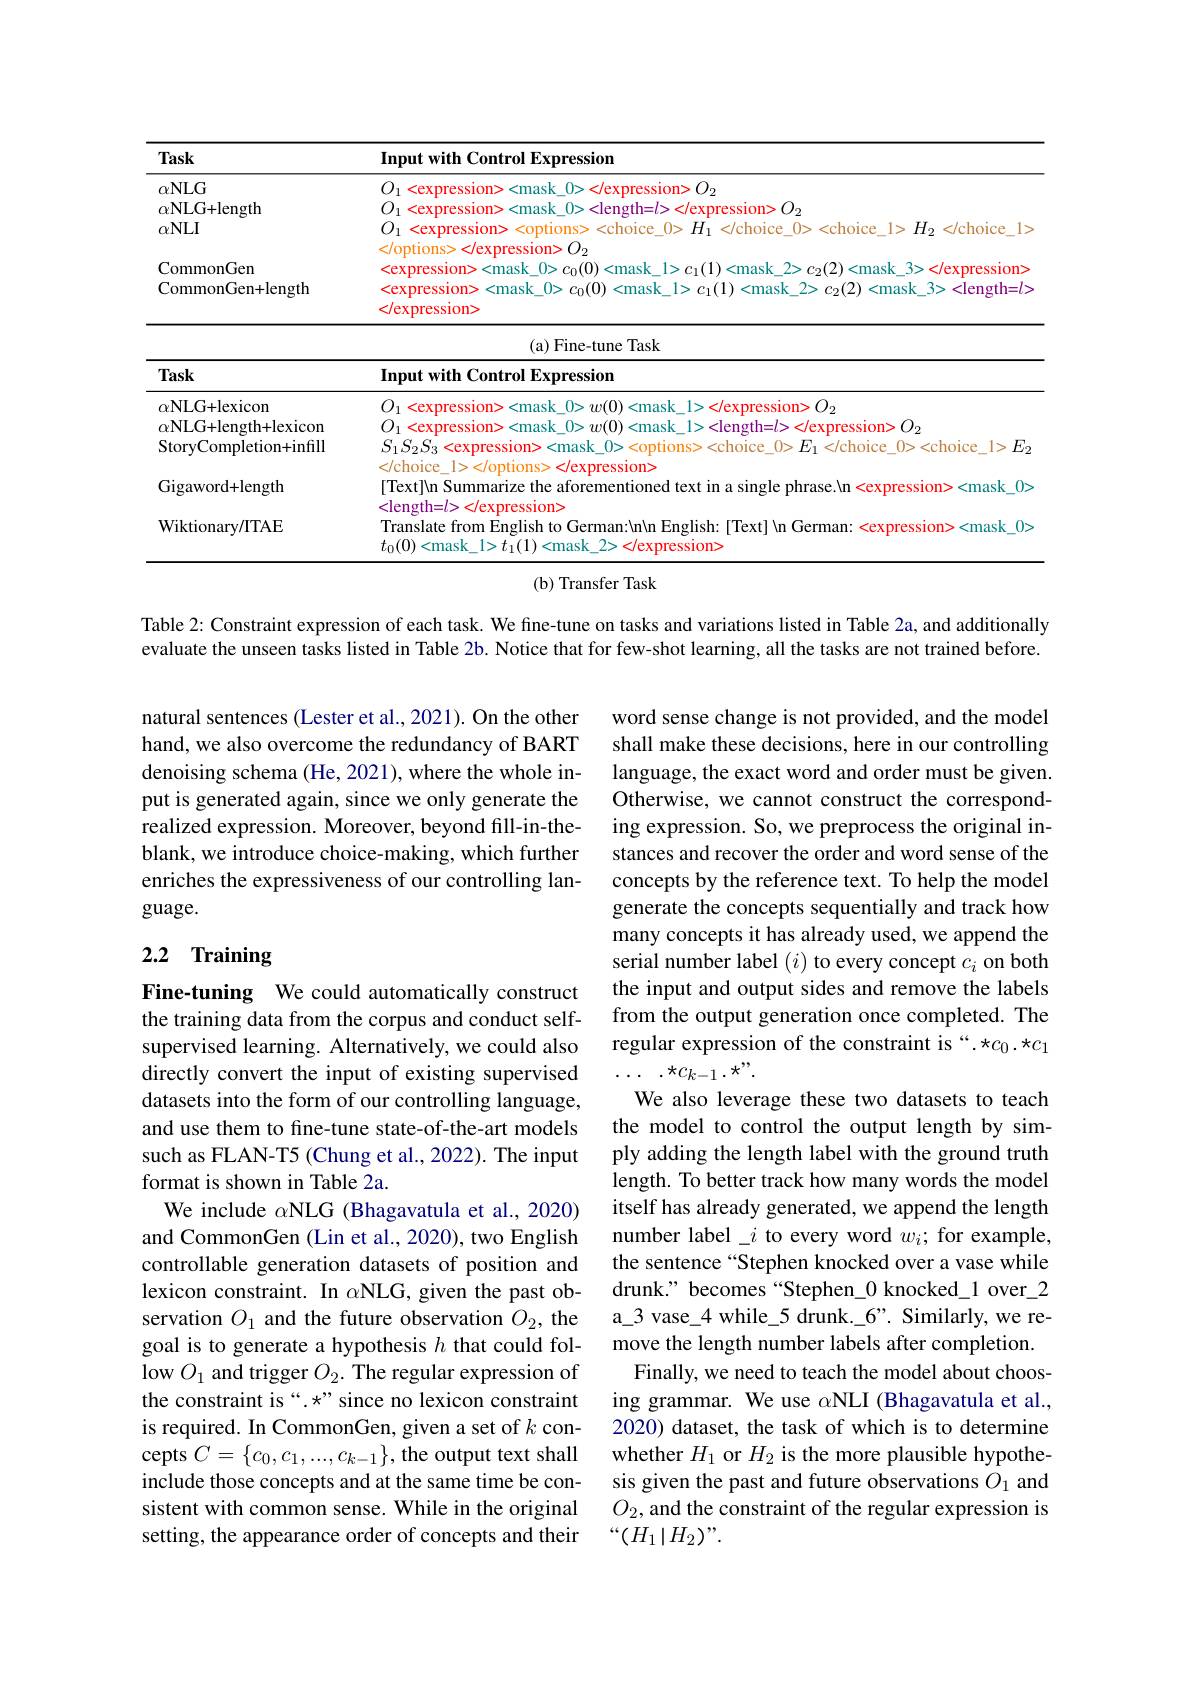
<table>
	<tbody>
		<tr>
			<th>$\textbf{Task}$</th>
			<th>Input with Control Expression</th>
		</tr>
		<tr>
			<td>$\textbf{Task}$</td>
			<td>Input with Control Expression</td>
		</tr>
		<tr>
			<td>$\alpha$NLU+lexicon $\alpha$NLG+length+lexicon StoryCompletion+infill</td>
			<td>$O_{1}<$expression><mask\_ $S_{1}S_{2}S_{3}<$expression> <mask\_0><options> <choice\_0>$E_1<$choice\_0><choice\_1>$E_2$ $0>w(0)$ $<mask$ <length=$l>$ </expression>$O_2$ lchois</td>
		</tr>
		<tr>
			<td>Gigaword+length</td>
			<td>|Text|Nn Summarize the aforementioned text in a single phrase.\c{c}n<expression><mask\_0次 $|ancth-/$</td>
		</tr>
		<tr>
			<td>Wiktionary/ITAE</td>
			<td>Translate from English to German:\n\c{c}n\c{c}n\c{c}n\c{c}n\c{c}n\c{c}n\c{c}n\c{c}n\c{c}n\c{c}n\c{c}n\c{c}n\c{c}n\c{c}n\c{c}n\c{c}n\c{c$n_1[c]]$ to German: [Text]\c{c}n\c{c}German: <expression><mask\_0: $t_{0}(0)<$mask 1>$t_1(1)<$mask 2> </expression></td>
		</tr>
	</tbody>
</table>
(b) Transfer Task

Table 2: Constraint expression of each task. We fine-tune on tasks and variations listed in Table 2a, and additionally evaluate the unseen tasks listed in Table 2b. Notice that for few-shot learning, all the tasks are not trained before.

natural sentences (Lester et al., 2021). On the other hand, we also overcome the redundancy of BART denoising schema (He, 2021), where the whole input is generated again, since we only generate the realized expression. Moreover, beyond fill-in-theblank, we introduce choice-making, which further enriches the expressiveness of our controlling language.

word sense change is not provided, and the model shall make these decisions, here in our controlling language, the exact word and order must be given. Otherwise, we cannot construct the corresponding expression. So, we preprocess the original instances and recover the order and word sense of the concepts by the reference text. To help the model generate the concepts sequentially and track how many concepts it has already used, we append the serial number label $(i)$ to every concept $c_i$ on both the input and output sides and remove the labels from the output generation once completed. The regular expression of the constraint is “.*c0.*c1 $\cdots.\star c_{k-1}.\star^{\prime\prime}.$

# 2.2 Training

We also leverage these two datasets to teach

Fine-tuning We could automatically construct the training data from the corpus and conduct selfsupervised learning. Alternatively, we could also directly convert the input of existing supervised datasets into the form of our controlling language, and use them to fine-tune state-of-the-art models such as FLAN-T5 (Chung et al., 2022). The input format is shown in Table 2a.
We include $\alpha$NLG (Bhagavatula et al.,2020) and CommonGen (Lin et al., 2020), two English controllable generation datasets of position and lexicon constraint. In $\alpha$NLG, given the past observation $O_1$ and the future observation $O_2$, the goal is to generate a hypothesis $h$ that could follow $O_1$ and trigger $O_2.$ The regular expression of the constraint is“.*”since no lexicon constraint is required. In CommonGen, given a set of $k$ concepts $C=\{c_0,c_1,...,c_{k-1}\}$, the output text shall include those concepts and at the same time be consistent with common sense. While in the original setting, the appearance order of concepts and their

the model to control the output length by simply adding the length label with the ground truth length. To better track how many words the model itself has already generated, we append the length number label\_$i$ to every word $w_i;$ for example, the sentence “Stephen knocked over a vase while drunk." becomes “Stephen\_0 knocked\_1 over\_2 a\_3 vase\_4 while\_5 drunk.\_6”. Similarly, we remove the length number labels after completion.
Finally, we need to teach the model about choosing grammar. We use $\alpha$NLI (Bhagavatula et al., 2020) dataset, the task of which is to determine whether $H_1$ or $H_2$ is the more plausible hypothesis given the past and future observations $O_{1}$ and $O_2$, and the constraint of the regular expression is $“(H_{1}\mid H_{2})”.$